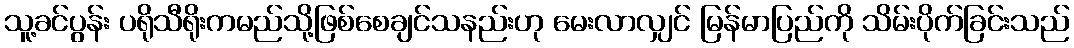
သူ့ခင်ပွန်း ပရိုသီရိုးကမည်သို့ဖြစ်စေချင်သနည်းဟု မေးလာလျှင် မြန်မာပြည်ကို သိမ်းပိုက်ခြင်းသည်